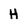
Character: H